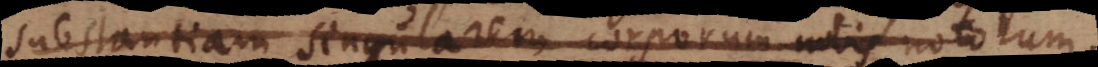
substantiam singularem corporum nobis notorum